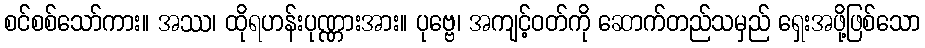
စင်စစ်သော်ကား။ အဿ၊ ထိုရဟန်းပုဏ္ဏားအား။ ပုဗ္ဗေ၊ အကျင့်ဝတ်ကို ဆောက်တည်သမှည် ရှေးအဖို့ဖြစ်သော